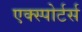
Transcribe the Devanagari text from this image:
एक्स्पोर्टर्स